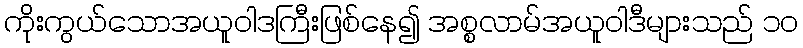
ကိုးကွယ်သောအယူဝါဒကြီးဖြစ်နေ၍ အစ္စလာမ်အယူဝါဒီများသည် ၁၀